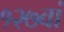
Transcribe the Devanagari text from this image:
१२७वां